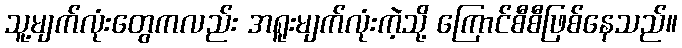
သူ့မျက်လုံးတွေကလည်း အရူးမျက်လုံးကဲ့သို့ ကြောင်စီစီဖြစ်နေသည်။